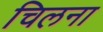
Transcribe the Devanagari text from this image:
चिलना